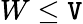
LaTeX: W\le\mathtt{V}